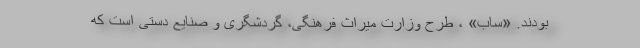
بودند. «ساب» ، طرح وزارت میراث فرهنگی، گردشگری و صنایع دستی است که